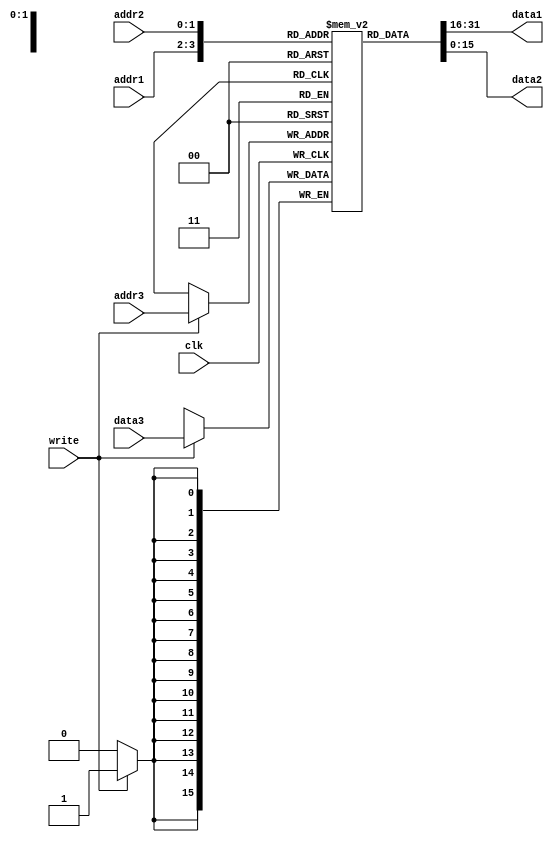
`timescale 1ns / 1ps
`define WORD_SIZE 16

module Register(
    input clk,
    input write,
    input [1:0] addr1,
    input [1:0] addr2,
    input [1:0] addr3,
    input [`WORD_SIZE-1:0] data3,
    output wire [`WORD_SIZE-1:0] data1,
    output wire [`WORD_SIZE-1:0] data2
    );
reg [`WORD_SIZE-1:0] register [3:0]; 

// setting output
always @(negedge clk) begin
    if(write == 1) register[addr3] = data3;  
end
assign data1 = register[addr1];
assign data2 = register[addr2];
  
endmodule